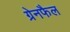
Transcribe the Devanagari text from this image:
ग्रेनफैल